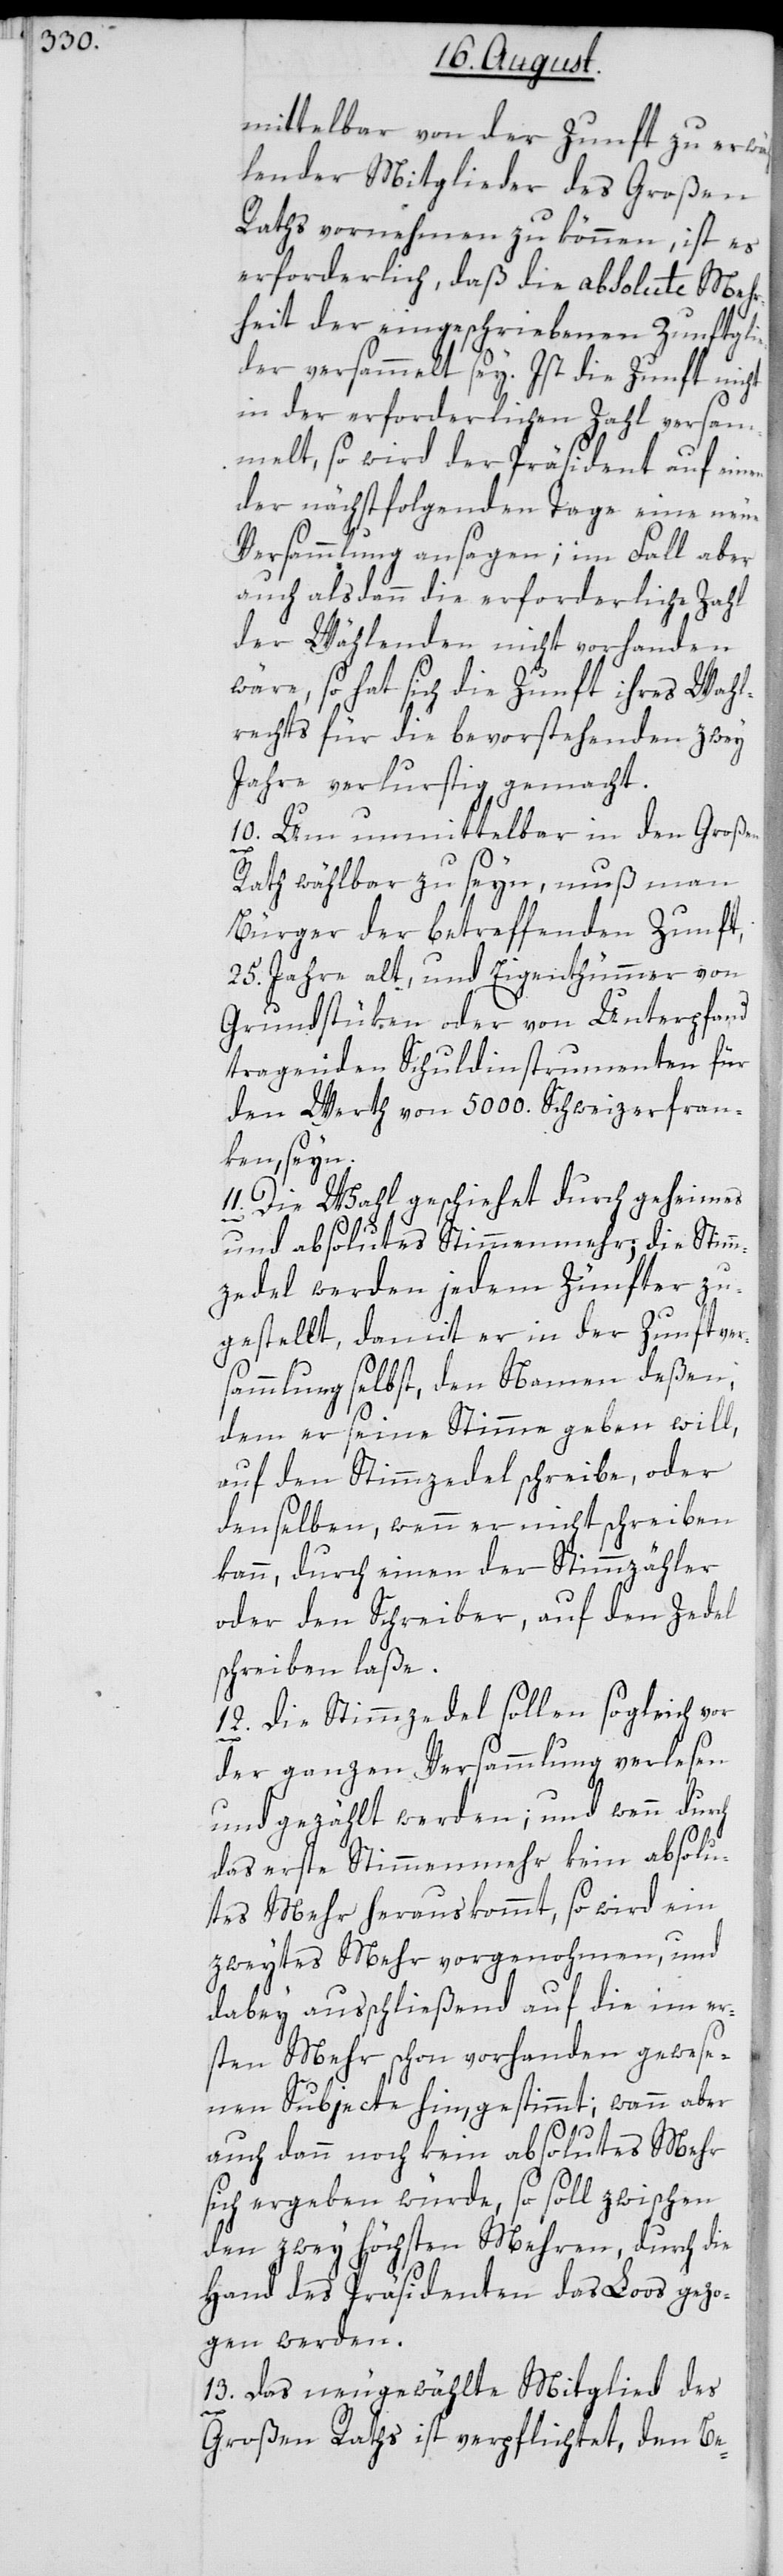
mittelbar von der Zunft zu erwäh¬
lender Mitglieder des Großen
Raths vornehmen zu können, ist es
erforderlich, daß die absolute Meh¬
rheit der eingeschriebenen Zunftgli¬
eder versammelt sey. Ist die Zunft nicht
in der erforderlichen Zahl versa¬
mmelt, so wird der Präsident auf einen
der nächstfolgenden Tage eine neue
Versammlung ansagen; im Fall aber
auch alsdann die erforderliche Zahl
der Wählenden nicht vorhanden
wäre, so hat sich die Zunft ihres Wahl¬
rechts für die bevorstehenden zwey
Jahre verlurstig gemacht.
10. Um unmittelbar in den Großen
Rath wählbar zu seyn, muß man
Bürger der betreffenden Zunft,
25. Jahre alt, und Eigenthümmer von
Grundstüken oder von Unterpfand
tragenden Schuldinstrumenten für
den Werth von 5000. Schweizerfran¬
ken, seyn.
11. Die Wahl geschiehet durch geheimes
und absolutes Stimmenmehr; die Stimm¬
zedel werden jedem Zünfter zu¬
gestellt, damit er in der Zunftver¬
sammlung selbst, den Namen deßen,
dem er seine Stimme geben will,
auf den Stimmzedel schreibe, oder
denselben, wenn er nicht schreiben
kann, durch einen der Stimmzähler
oder den Schreiber, auf den Zedel
schreiben laße.
12. Die Stimmzedel sollen sogleich vor
der ganzen Versammlung verlesen
und gezählt werden; und wenn dur¬
das erste Stimmenmehr kein absolu¬
tes Mehr herauskommt, so wird ein
zweytes Mehr vorgenohmen, und
dabey ausschließend auf die im er¬
sten Mehr schon vorhanden gewese¬
nen Subjecte hin, gestimmt; wann aber
ch
auch dann noch kein absolutes Mehr
sich ergeben würde, so soll zwischen
den zwey höchsten Mehren, durch die
Hand des Präsidenten das Loos gezo¬
gen werden.
13. Das neu gewählte Mitglied des
Großen Raths ist verpflichtet, den Be-